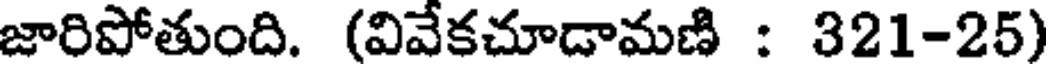
జారిపోతుంది. (వివేకచూడామణి : 321-25)